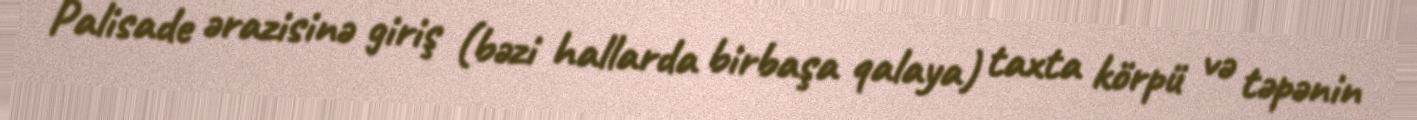
Palisade ərazisinə giriş (bəzi hallarda birbaşa qalaya) taxta körpü və təpənin